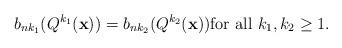
LaTeX: \begin{align*}b_{nk_1}(Q^{k_1}(\mathbf{x}))=b_{nk_2}(Q^{k_2}(\mathbf{x})) \textrm{for all } k_1,k_2\geq 1. \end{align*}